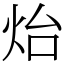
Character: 炲